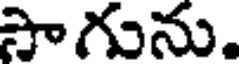
సాగును.